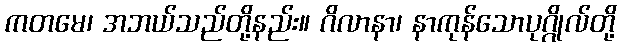
ကတမေ၊ အဘယ်သည်တို့နည်း။ ဂိလာနာ၊ နာကုန်သောပုဂ္ဂိုလ်တို့